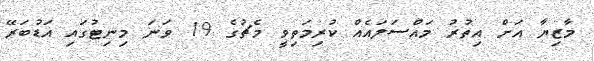
މާޒިޔާ އަށް އިތުުރު މައްސަލައެއް ކުރިމަތިވީ މެޗުގެ 19 ވަނަ މިނިޓުގައި އަޑުބަރޭ